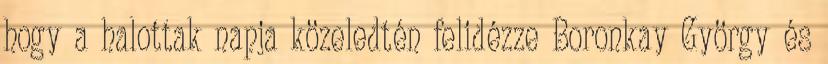
hogy a halottak napja közeledtén felidézze Boronkay György és